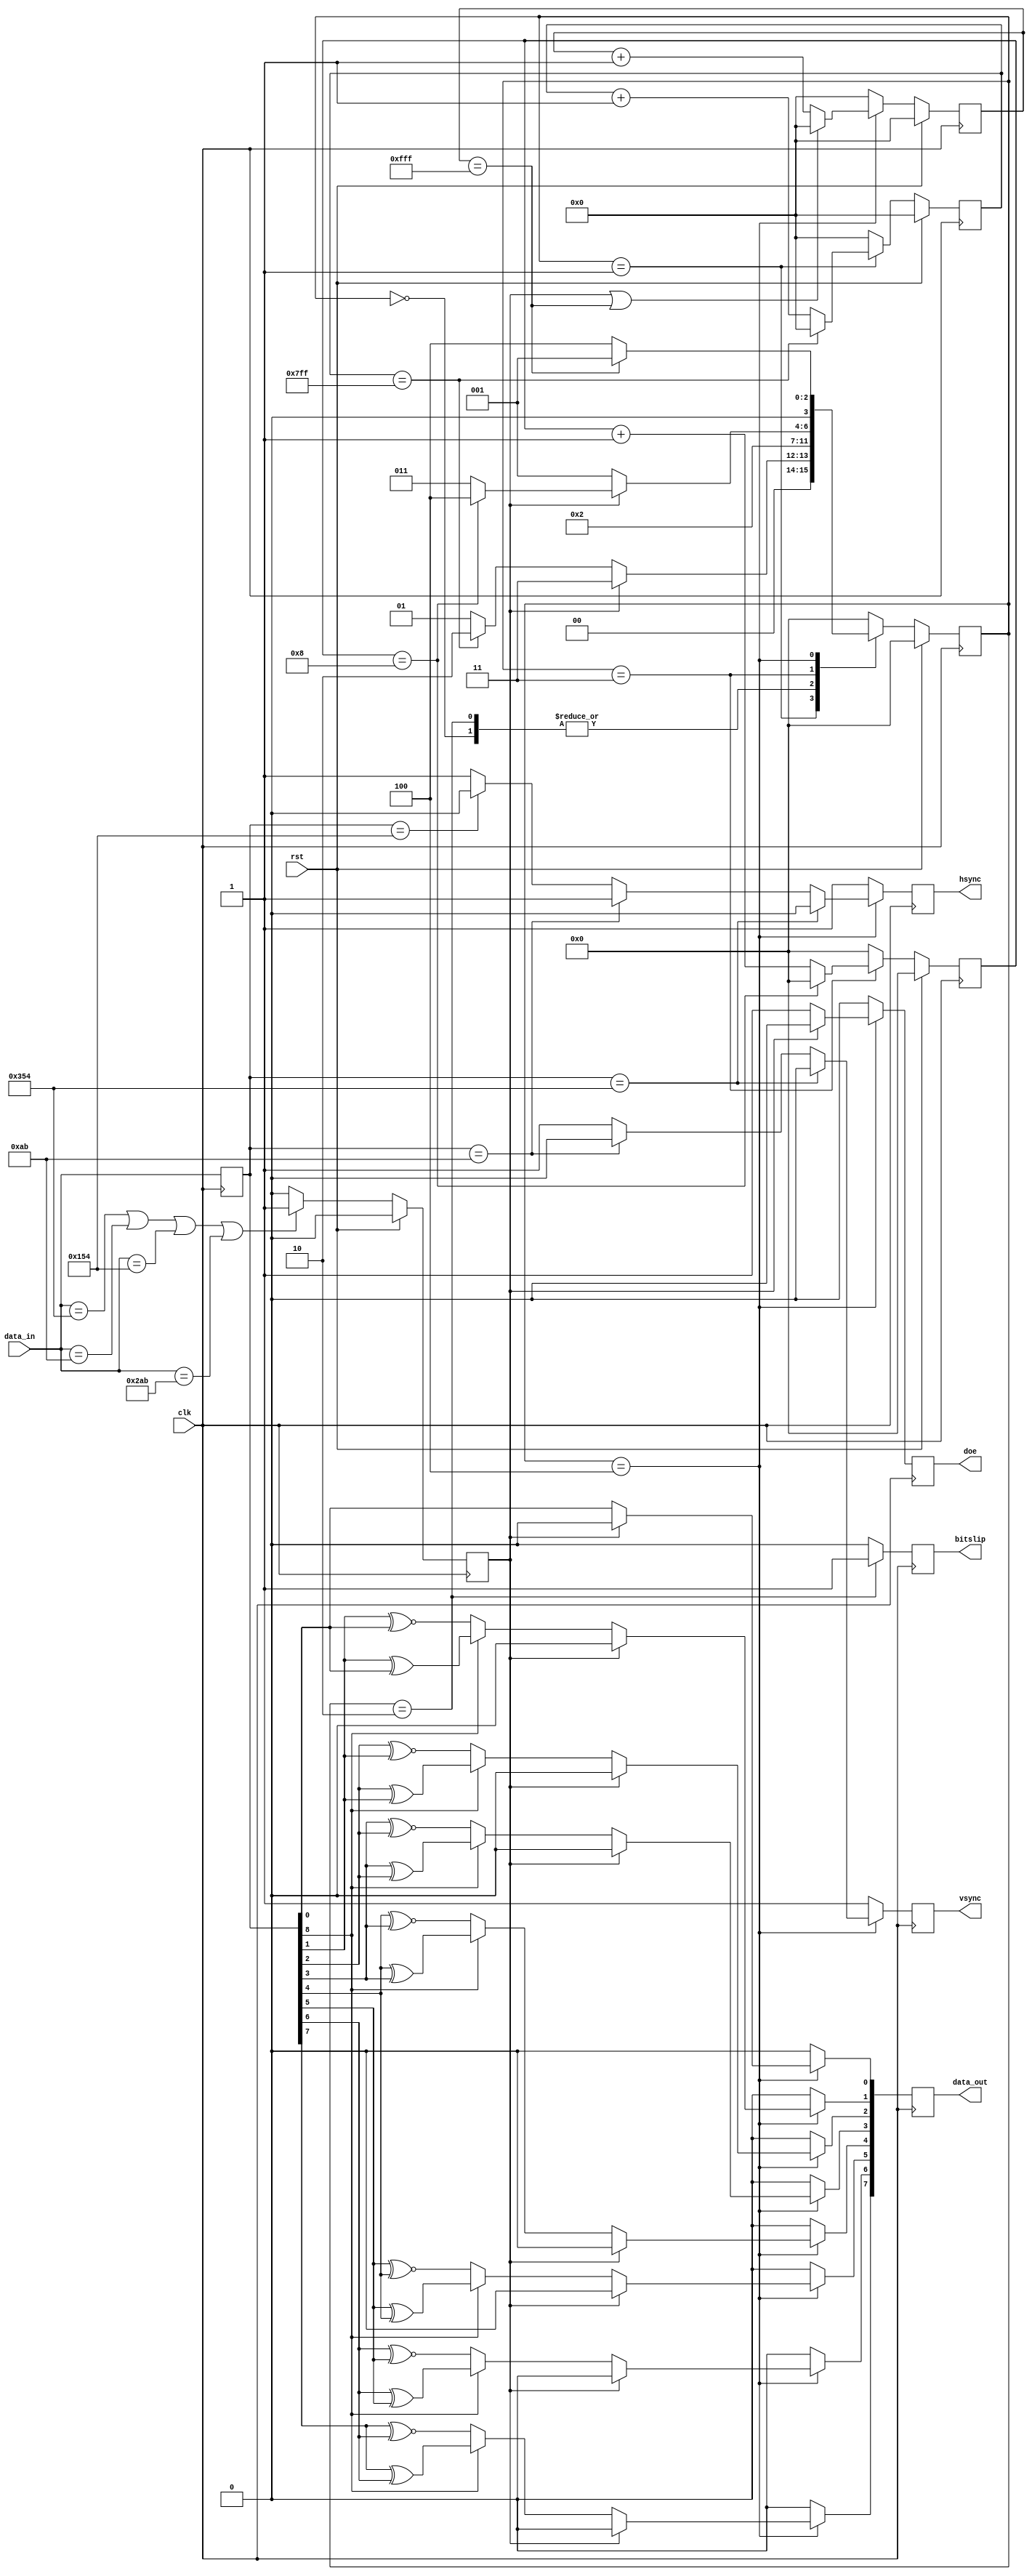
`timescale 1 ns / 1ps
//2015.11.07 k.yokomizo
module dec_sync (
  input  wire       clk,
  input  wire       rst,
  input  wire [9:0] data_in,
  output  reg       vsync,
  output  reg       hsync,
  output  reg bitslip,
  output  reg [7:0] data_out,
  output  reg doe
);

  parameter CTRLTOKEN0 = 10'b1101010100; //VSYNC,HSYNC
  parameter CTRLTOKEN1 = 10'b0010101011; //VSYNC
  parameter CTRLTOKEN2 = 10'b0101010100; //HSYNC
  parameter CTRLTOKEN3 = 10'b1010101011; //

  parameter p_idle = 0;
  parameter p_search = 1;
  parameter p_slip = 2;
  parameter p_hit = 3;
  parameter p_sync = 4;
  
  parameter p_search_cnt_max = 2047;
  parameter p_hit_cnt_max = 8;
  parameter p_sync_cnt_max = 4095;
  
  reg [9:0] da_10b;
  reg [3:0] state;
  reg ctrl_hit;
  reg [11:0] search_cnt;
  reg [3:0] hit_cnt;
  reg [11:0] sync_cnt;
  
  
  always @ (posedge clk) begin
    if(rst==1'b1)
      ctrl_hit <= 1'b0;
	else
	  if ((data_in==CTRLTOKEN0)||
	      (data_in==CTRLTOKEN1)||
		  (data_in==CTRLTOKEN2)||
		  (data_in==CTRLTOKEN3))
        ctrl_hit <= 1'b1;
	  else
        ctrl_hit <= 1'b0;   
  end

  
  always @ (posedge clk) begin
    if(rst==1'b1)
      search_cnt <= 12'd0;
	else
	  if(state==p_search)
	    if(search_cnt==p_search_cnt_max )
          search_cnt <= 12'd0;
		else
          search_cnt <=  search_cnt + 12'd1;
	  else
        search_cnt <= 12'd0;
  end
  
  
  always @ (posedge clk) begin
    if(rst==1'b1)
      sync_cnt <= 12'd0;
	else
	  if(state==p_sync)
	    if((ctrl_hit==1'b1)||(sync_cnt==p_sync_cnt_max ))
          sync_cnt <= 12'd0;
		else
          sync_cnt <=  sync_cnt + 12'd1;
	  else
	    sync_cnt <= 12'd0;
  end
  
  always @ (posedge clk) begin
    if(rst==1'b1)
      hit_cnt <= 4'd0;
	else
	  if(state==p_hit)
	    if(hit_cnt==p_hit_cnt_max )
          hit_cnt <= 4'd0;
		else
          hit_cnt <=  hit_cnt + 4'd1;
	  else
        hit_cnt <= 4'd0;
  end
  
  always @ (posedge clk) begin
    if(rst==1'b1)
      state <= p_idle;
	else
	  case(state)
	    p_idle:
		  state <= p_search;
		p_search:
		  //
		  if(ctrl_hit==1'b1)
		    state <= p_hit;
		  //
		  else if(search_cnt==p_search_cnt_max )
		    state <= p_slip;
		  else
		    state <= p_search;
		p_slip:		  
		  state <= p_search;
		p_hit:
		  //
          if(ctrl_hit==1'b0)
		    state <= p_search;
		  //
		  else if(hit_cnt==p_hit_cnt_max )
		    state <= p_sync;
          else		   
		    state <= p_hit;  
		p_sync:
		  //
		  //sync_cnt0
		  if(sync_cnt==p_sync_cnt_max )
		    state <= p_search;
		  else
		    state <= p_sync;
	    default:
         state <= p_idle;
	  endcase
  end


  always @ (posedge clk) begin
    if(state==p_slip)
      bitslip <= 1'b1;
	else
      bitslip <= 1'b0;
  end
  
  always @ (posedge clk) begin
   da_10b <= data_in;
  end
  
  always @ (posedge clk) begin
    if(state==p_sync)
	  //VSYNC,HSYNC
      if(da_10b==CTRLTOKEN0)
	    begin
	      hsync <= 1'b0;
	      vsync <= 1'b0;
        end	  
      else if(da_10b==CTRLTOKEN1)
	    begin
	      hsync <= 1'b1;
	      vsync <= 1'b0;
        end	  
      else if(da_10b==CTRLTOKEN2)
	    begin
	      hsync <= 1'b0;
	      vsync <= 1'b1;
        end	  
      else if(da_10b==CTRLTOKEN3)
	    begin
	      hsync <= 1'b1;
	      vsync <= 1'b1;
        end	  
      else 
	    begin
	      hsync <= 1'b1;
	      vsync <= 1'b1;
        end
    else	
	  begin
        hsync <= 1'b1;
	    vsync <= 1'b1;
      end	
  end

  always @ (posedge clk) begin
    if(state==p_sync)
      //
      if(ctrl_hit==1'b1 )begin
	    doe <= 1'b0;
	    data_out <= 8'h00;
	  end
	  //8b10b
	  else begin
	    doe <= 1'b1;
        data_out[0] <= da_10b[0];
        data_out[1] <= (da_10b[8]) ? (da_10b[1] ^ da_10b[0]) : (da_10b[1] ~^ da_10b[0]);
        data_out[2] <= (da_10b[8]) ? (da_10b[2] ^ da_10b[1]) : (da_10b[2] ~^ da_10b[1]);
        data_out[3] <= (da_10b[8]) ? (da_10b[3] ^ da_10b[2]) : (da_10b[3] ~^ da_10b[2]);
        data_out[4] <= (da_10b[8]) ? (da_10b[4] ^ da_10b[3]) : (da_10b[4] ~^ da_10b[3]);
        data_out[5] <= (da_10b[8]) ? (da_10b[5] ^ da_10b[4]) : (da_10b[5] ~^ da_10b[4]);
        data_out[6] <= (da_10b[8]) ? (da_10b[6] ^ da_10b[5]) : (da_10b[6] ~^ da_10b[5]);
        data_out[7] <= (da_10b[8]) ? (da_10b[7] ^ da_10b[6]) : (da_10b[7] ~^ da_10b[6]);
	   end
	 else begin
	    doe <= 1'b0;
	    data_out <= 8'h00;
	  end
  end
endmodule